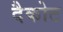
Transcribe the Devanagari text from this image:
दैकोट